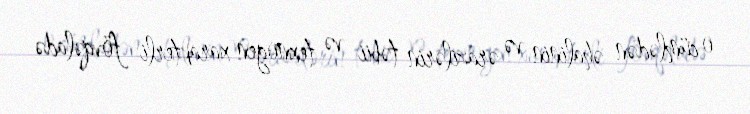
o cümlədən əhalinin və ərazilərin təbii və texnogen xarakterli fövqəladə